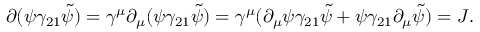
\partial ( \psi \gamma _ { 2 1 } \tilde { \psi } ) = \gamma ^ { \mu } \partial _ { \mu } ( \psi \gamma _ { 2 1 } \tilde { \psi } ) = \gamma ^ { \mu } ( \partial _ { \mu } \psi \gamma _ { 2 1 } \tilde { \psi } + \psi \gamma _ { 2 1 } \partial _ { \mu } \tilde { \psi } ) = { \cal J } .